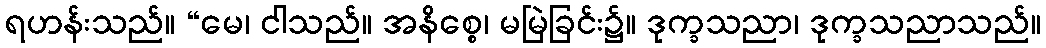
ရဟန်းသည်။ “မေ၊ ငါသည်။ အနိစ္စေ၊ မမြဲခြင်း၌။ ဒုက္ခသညာ၊ ဒုက္ခသညာသည်။